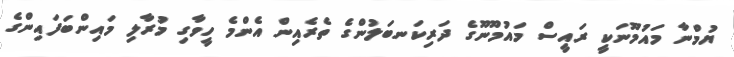
ޔުމްނާ މައުމޫނަކީ ރައީސް މައުމޫނޫގެ ދަރިކަނބަލުންގެ ތެރެއިން އެންމެ ހީވާގި މުރާލި މައިންބަފައިންގެ